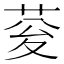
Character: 𮏉